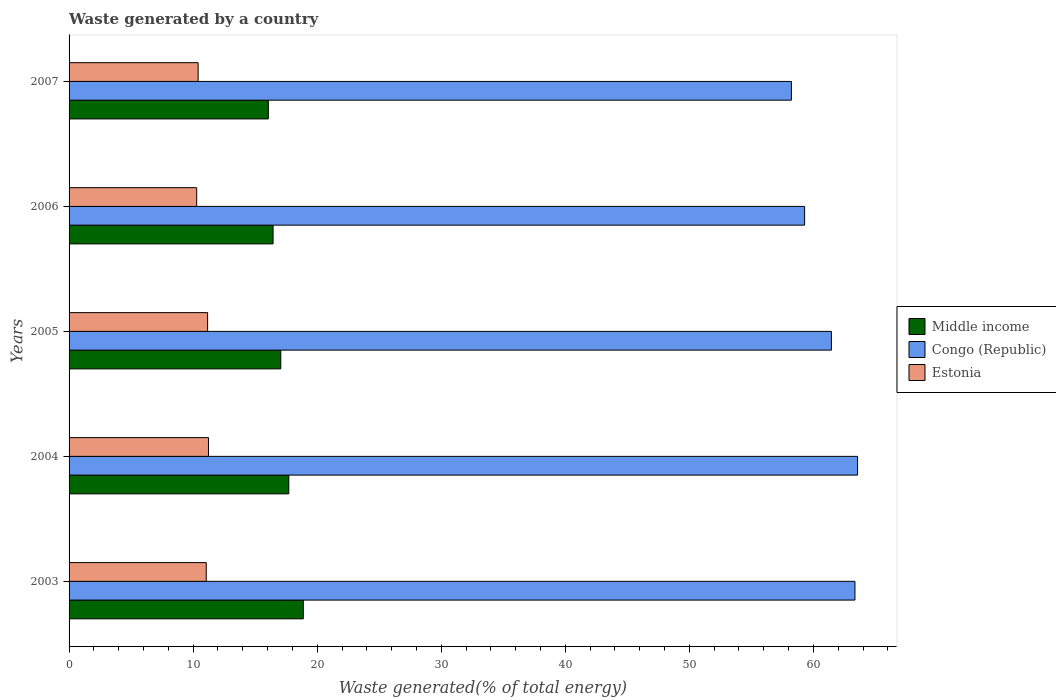
| Years | Middle income | Congo (Republic) | Estonia |
 | --- | --- | --- | --- |
 | 2003 | 18.9 | 63.3 | 11.1 |
 | 2004 | 17.7 | 63.6 | 11.2 |
 | 2005 | 17.1 | 61.5 | 11.2 |
 | 2006 | 16.4 | 59.3 | 10.3 |
 | 2007 | 16.1 | 58.2 | 10.4 |